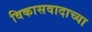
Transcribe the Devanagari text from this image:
विकासवादाच्या